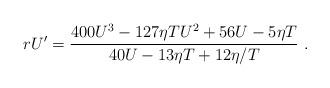
LaTeX: \begin{align*}rU^\prime={400 U^3-127\eta T U^2+56 U-5\eta T\over 40U-13\eta T+{12\eta/ T}}~.\end{align*}